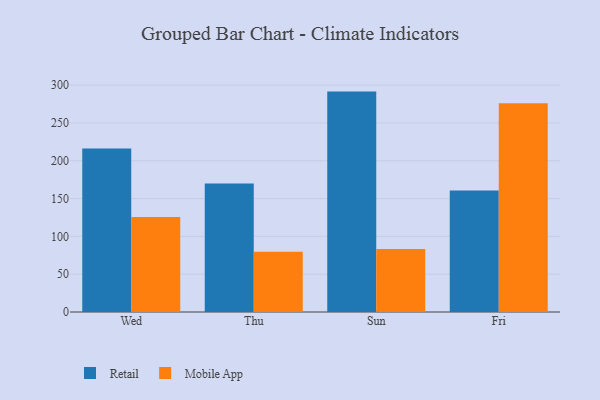
{"axis": {"x": "Day", "y": "Energy Usage (MWh)"}, "legend": ["Mobile App", "Retail"], "data": [{"x": "Wed", "y": 216.3, "type": "Retail"}, {"x": "Wed", "y": 125.5, "type": "Mobile App"}, {"x": "Thu", "y": 169.8, "type": "Retail"}, {"x": "Thu", "y": 79.5, "type": "Mobile App"}, {"x": "Sun", "y": 291.4, "type": "Retail"}, {"x": "Sun", "y": 83.3, "type": "Mobile App"}, {"x": "Fri", "y": 160.5, "type": "Retail"}, {"x": "Fri", "y": 276.0, "type": "Mobile App"}]}